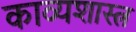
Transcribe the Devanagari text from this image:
काव्‍यशास्‍त्र